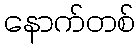
နောက်တစ်